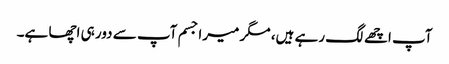
آپ اچھے لگ رہے ہیں، مگر میرا جسم آپ سے دور ہی اچھا ہے۔